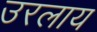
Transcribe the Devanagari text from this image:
उरलाय